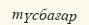
түсбағар